system: You are a helpful assistant.
user:
Analyze the provided spectrum to determine if it is a **M-type Giant (gM)**.

A M-type Giant spectrum is defined by its **strong molecular absorption** features, particularly from **Titanium Oxide (TiO)**. You must check for one of the following mutually exclusive signatures:

- **Key Visual Indicators (Absorption-Dominated Spectrum):**

    - **(Primary):** The spectrum is dominated by strong molecular absorption from **Titanium Oxide (TiO)**. This is the **defining feature** of its M-type temperature class.
        - **(Key Bandheads):** Look for sharp, "saw-tooth" absorption valleys. The strongest are located near **~7050 Å**, **~6160 Å**, and **~5170 Å**.
        - **(Line Profile):** The "saw-tooth" morphology is critical: a **sharp, steep drop on the BLUE (short-wavelength) side** of the bandhead, followed by a gradual recovery (rising flux) towards the RED (long-wavelength) side.

    - **(Key Confirmation - Giant vs. Dwarf):** **ABSENCE** of strong **Calcium Hydride (CaH)** molecular bands. This is the primary diagnostic for *excluding* M-dwarfs.
        - **(Key Region):** The spectrum should lack the strong, broad absorption band seen in dwarfs between **~6800 Å and ~7000 Å**.

    - **(Secondary Confirmation - Giant):** A very strong and broad **Neutral Calcium (Ca I)** atomic absorption line.
        - **(Key Line):** Located at **~4226 Å**. In a giant (gM), this line is significantly deeper and broader than the same line in an M-dwarf (dM) due to low surface gravity.

    - **(Overall Spectrum):**
        - The continuum is **extremely red-sloping** (i.e., flux is very low in the blue and rises dramatically towards the red).
        - The entire spectrum appears "chopped up" by the deep TiO bands.

Think first, call **spectral_visualization_tool** if needed to examine features in detail, then provide your final answer. Your response must adhere to the following strict rules:
1.  **Overall Structure:** Your response must follow the format `<think>...</think> <tool_call>...</tool_call> (if a tool is used) <answer>...</answer>`.
2.  **Tool Usage Constraint:** You may only make **one** tool call per turn.
3.  **Final Answer Format:** In the `<answer>` tag, your conclusion must be inside a `\boxed{}` command (e.g., `\boxed{YES}` or `\boxed{NO}`), followed by your justification.

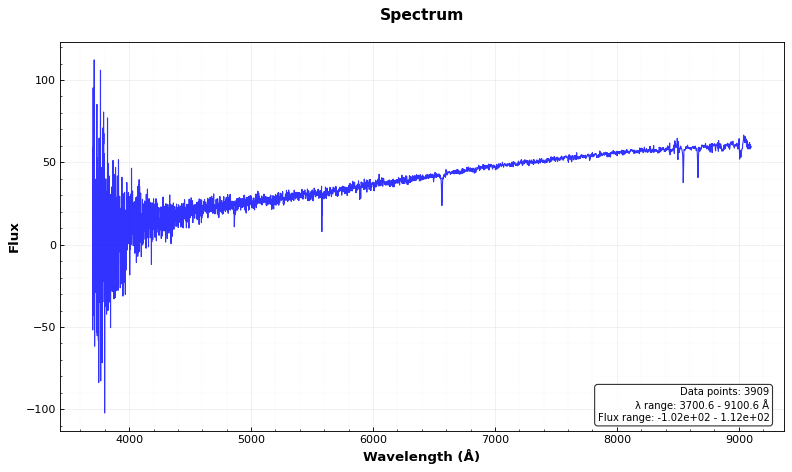
Answer: NO